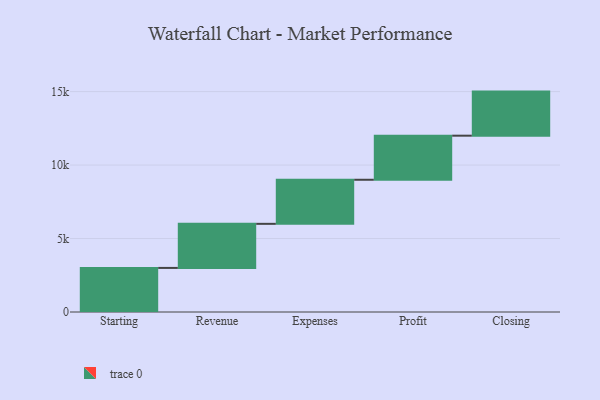
{"axis": {"x": "Step", "y": "Value"}, "legend": [""], "data": [{"x": "Starting", "y": 3000, "type": ""}, {"x": "Revenue", "y": 3000, "type": ""}, {"x": "Expenses", "y": 3000, "type": ""}, {"x": "Profit", "y": 3000, "type": ""}, {"x": "Closing", "y": 3000, "type": ""}]}